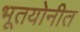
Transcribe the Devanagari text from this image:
भूतयोनीत